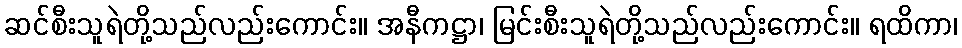
ဆင်စီးသူရဲတို့သည်လည်းကောင်း။ အနီကဋ္ဌာ၊ မြင်းစီးသူရဲတို့သည်လည်းကောင်း။ ရထိကာ၊